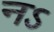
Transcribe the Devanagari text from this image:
नऽ